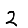
Digit: 2